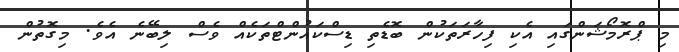
މި ޕްރޮމޯޝަންގައި އެކި ފިހާރަތަކުން ބޮޑެތި ޑިސްކައުންޓްތަކެއް ވެސް ލިބޭނެ އެވެ. މިގޮތުން